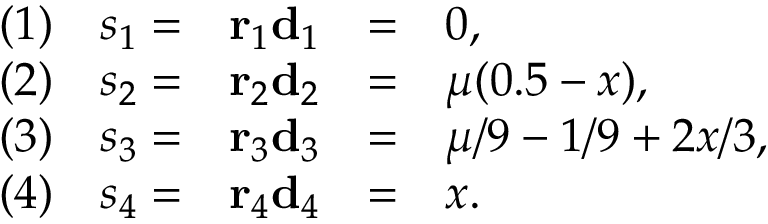
\begin{array} { r r r c l } { ( 1 ) } & { s _ { 1 } = } & { \mathbf { r } _ { 1 } \mathbf { d } _ { 1 } } & { = } & { 0 , } \\ { ( 2 ) } & { s _ { 2 } = } & { \mathbf { r } _ { 2 } \mathbf { d } _ { 2 } } & { = } & { \mu ( 0 . 5 - x ) , } \\ { ( 3 ) } & { s _ { 3 } = } & { \mathbf { r } _ { 3 } \mathbf { d } _ { 3 } } & { = } & { \mu / 9 - 1 / 9 + 2 x / 3 , } \\ { ( 4 ) } & { s _ { 4 } = } & { \mathbf { r } _ { 4 } \mathbf { d } _ { 4 } } & { = } & { x . } \end{array}